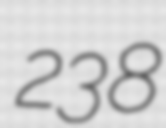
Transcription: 238